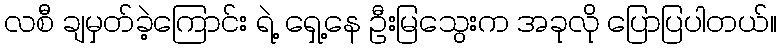
လစီ ချမှတ်ခဲ့ကြောင်း ရဲ့ ရှေ့နေ ဦးမြသွေးက အခုလို ပြောပြပါတယ်။